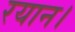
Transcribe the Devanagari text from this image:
रयान।